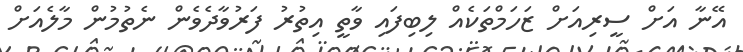
އޭނާ އަށް ސީރިއަށް ޒަހަމްތަކެއް ލިބިފައި ވާތީ އިތުރު ފަރުވާދެވެން ނެތުމުން މާލެއަށް